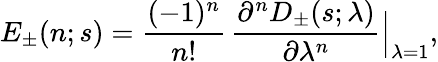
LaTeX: E_{\pm}(n;s)={\frac{(-1)^{n}}{n!}}\, {\frac{\partial^{n}D_{\pm}(s;\lambda)}{\partial\lambda^{n}}}\Bigr\vert_{\lambda=1},